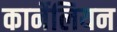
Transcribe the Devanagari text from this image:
कार्नेलियन